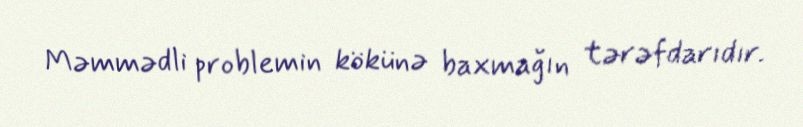
Məmmədli problemin kökünə baxmağın tərəfdarıdır.